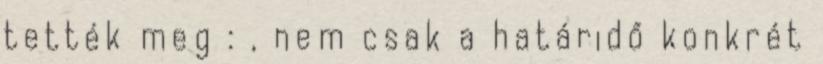
tették meg : , nem csak a határidő konkrét